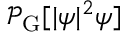
\mathcal { P } _ { \mathrm { G } } [ \lvert \psi \rvert ^ { 2 } \psi ]